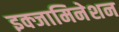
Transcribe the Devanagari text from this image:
इक्जामिनेशन